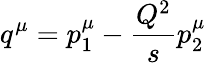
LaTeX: q^{\mu}=p_{1}^{\mu}-\frac{Q^{2}}{s}p_{2}^{\mu}